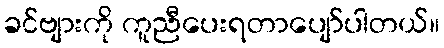
ခင်ဗျားကို ကူညီပေးရတာပျော်ပါတယ်။